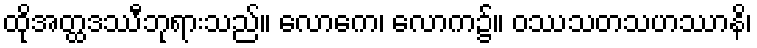
ထိုအတ္ထဒဿီဘုရားသည်။ လောကေ၊ လောက၌။ ဝဿသတသဟဿာနိ၊